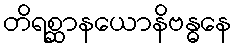
တိရစ္ဆာနယောနိဗန္ဓနေ